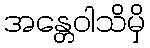
အန္တေဝါသိမှိ